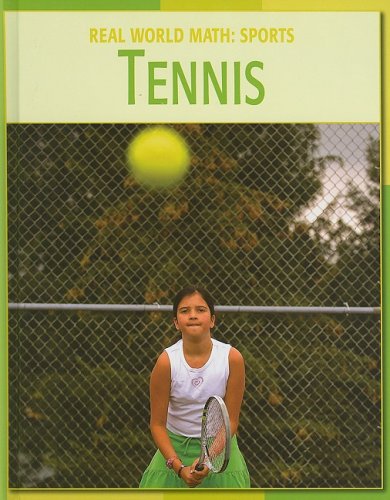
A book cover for Tennis (Real World Math); Katie Marsico; Children's Books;